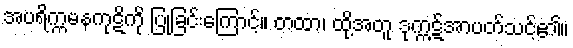
အပရိက္ကမနကုဋိကို ပြုခြင်းကြောင့်။ တထာ၊ ထို့အတူ ဒုက္ကဋ်အာပတ်သင့်၏။